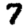
Digit: 7